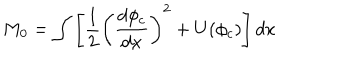
M _ { 0 } = \int \left[ \frac { 1 } { 2 } \left( \frac { d \phi _ { c } } { d x } \right) ^ { 2 } + U ( \phi _ { c } ) \right] d x